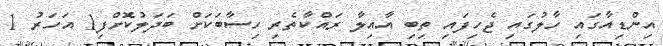
އިންޑިއާގައި ހާލުގައި ޖެހިފައި ތިބި އާއިލާ ރައްކާތެރި ހިސާބަކަށް ބަަދަލުކޮށްފި1 އަހަރު 1